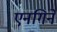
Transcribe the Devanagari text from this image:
एनगिने